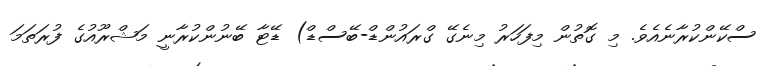
ސްކޭންކުރާނެއެވެ. މި ގޮތުން މިފަހަރު މިނެގޭ ގްރައުންޑް-ބޭސްޑް) ޑޭޓާ ބޭނުންކުރާނީ މަޝްރޫއުގެ ފުރަތަމަ